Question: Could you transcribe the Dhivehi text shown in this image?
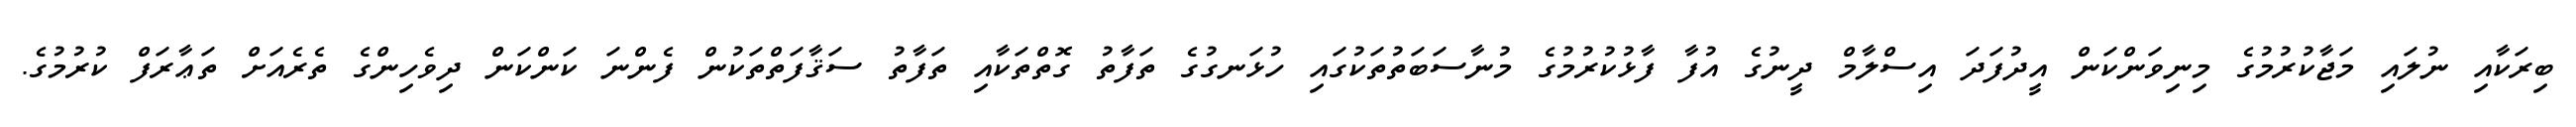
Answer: ބިރަކާއި ނުލައި މަޖާކުރުމުގެ މިނިވަންކަން އީދުފަދަ އިސްލާމް ދީނުގެ އުފާ ފާޅުކުރުމުގެ މުނާސަބަތުތަކުގައި ހުޅަނގުގެ ތަފާތު ގޮތްތަކާއި ތަފާތު ސަޤާފަތްތަކުން ފެންނަ ކަންކަން ދިވެހިންގެ ތެރެއަށް ތަޢާރަފް ކުރުމުގެ.